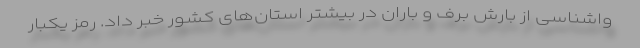
واشناسی از بارش برف و باران در بیشتر استان‌های کشور خبر داد. رمز یکبار